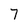
Character: 7